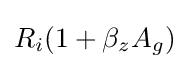
R_{i}(1+\beta _{z}A_{g})